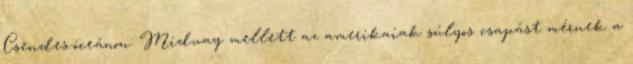
Csendes-óceánon: Midway mellett az amerikaiak súlyos csapást mérnek a